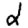
Digit: 2